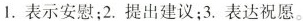
1. 表示安慰；2. 提出建议；3. 表达祝愿。